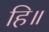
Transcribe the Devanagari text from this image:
हि॥